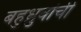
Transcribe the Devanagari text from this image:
बहुध्रुवांची